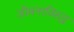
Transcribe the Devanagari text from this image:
जीवनाविरुद्ध